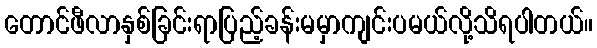
တောင်ဖီလာနှစ်ခြင်းရာပြည့်ခန်းမမှာကျင်းပမယ်လို့သိရပါတယ်။